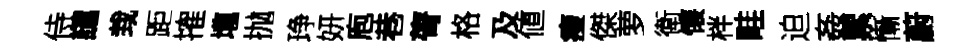
侍譴㘽距搉壠抛琤妍庖巷膂格及値瘦傑萝衛懐柈畦迫姦累慚蔚